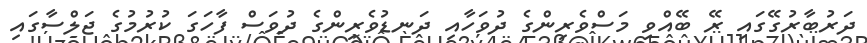
ދަރުބާރުގޭގައި ރޭ ބޭއްވި މަސްވެރިންގެ ދުވަހާއި ދަނޑުވެރިންގެ ދުވަސް ފާހަގަ ކުރުމުގެ ޖަލްސާގައި